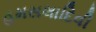
હમસલાદિવી